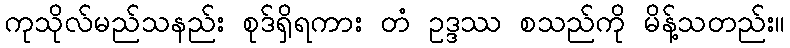
ကုသိုလ်မည်သနည်း စုဒ်ရှိရကား တံ ဥဒ္ဒဿ စသည်ကို မိန့်သတည်း။